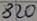
Text: 820